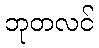
ဘုတလင်